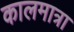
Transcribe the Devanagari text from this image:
कालमात्रा